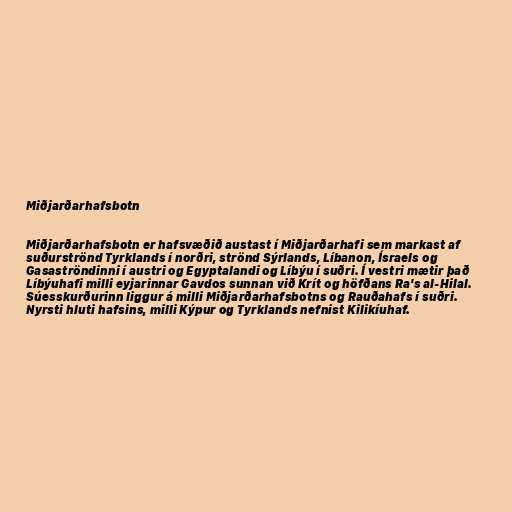
Miðjarðarhafsbotn

Miðjarðarhafsbotn er hafsvæðið austast í Miðjarðarhafi sem markast af
suðurströnd Tyrklands í norðri, strönd Sýrlands, Líbanon, Ísraels og
Gasaströndinni í austri og Egyptalandi og Líbýu í suðri. Í vestri mætir það
Líbýuhafi milli eyjarinnar Gavdos sunnan við Krít og höfðans Ra's al-Hilal.
Súesskurðurinn liggur á milli Miðjarðarhafsbotns og Rauðahafs í suðri.
Nyrsti hluti hafsins, milli Kýpur og Tyrklands nefnist Kilikíuhaf.